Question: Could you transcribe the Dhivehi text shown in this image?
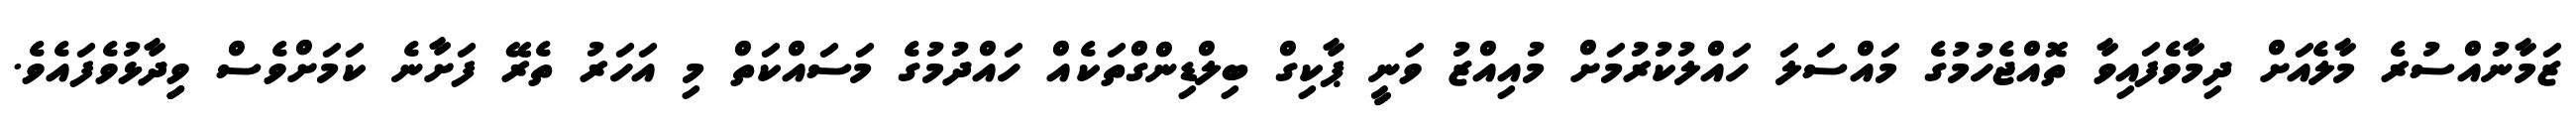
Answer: ޒަމާނުއްސުރެ މާލެއަށް ދިމާވެފައިވާ ތޮއްޖެހުމުގެ މައްސަލަ ހައްލުކުރުމަށް މުއިއްޒު ވަނީ ޕާކިގް ބިލްޑިންގްތަކެއް ހައްދުމުގެ މަސައްކަތް މި އަހަރު ތެރޭ ފަށާނެ ކަމަށްވެސް ވިިދާޅުވެފައެވެ.